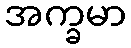
အက္ခမာ